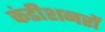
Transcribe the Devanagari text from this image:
कंडीशनरों